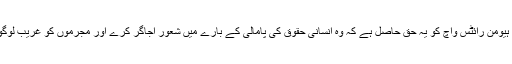
انسانی حقوق کی ایک سرکردہ تنظیم کی حیثیت سے ہیومن رائٹس واچ کو یہ حق حاصل ہے کہ وہ انسانی حقوق کی پامالی کے بارے میں شعور اجاگر کرے اور مجرموں کو غریب لوگوں کے خلاف جرائم کا ارتکاب کرنے سے روکے ۔